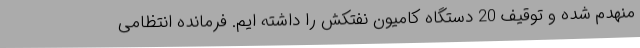
منهدم شده و توقیف 20 دستگاه کامیون نفتکش را داشته ایم. فرمانده انتظامی